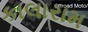
કાલારામ